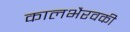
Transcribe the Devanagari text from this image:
कालभैरवकी